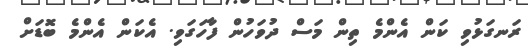
ރަނގަޅުވި ކަން އެންމެ ތިން މަސް ދުވަހުން ފާހަގަވި. އެކަން އެންމެ ބޮޑަށް